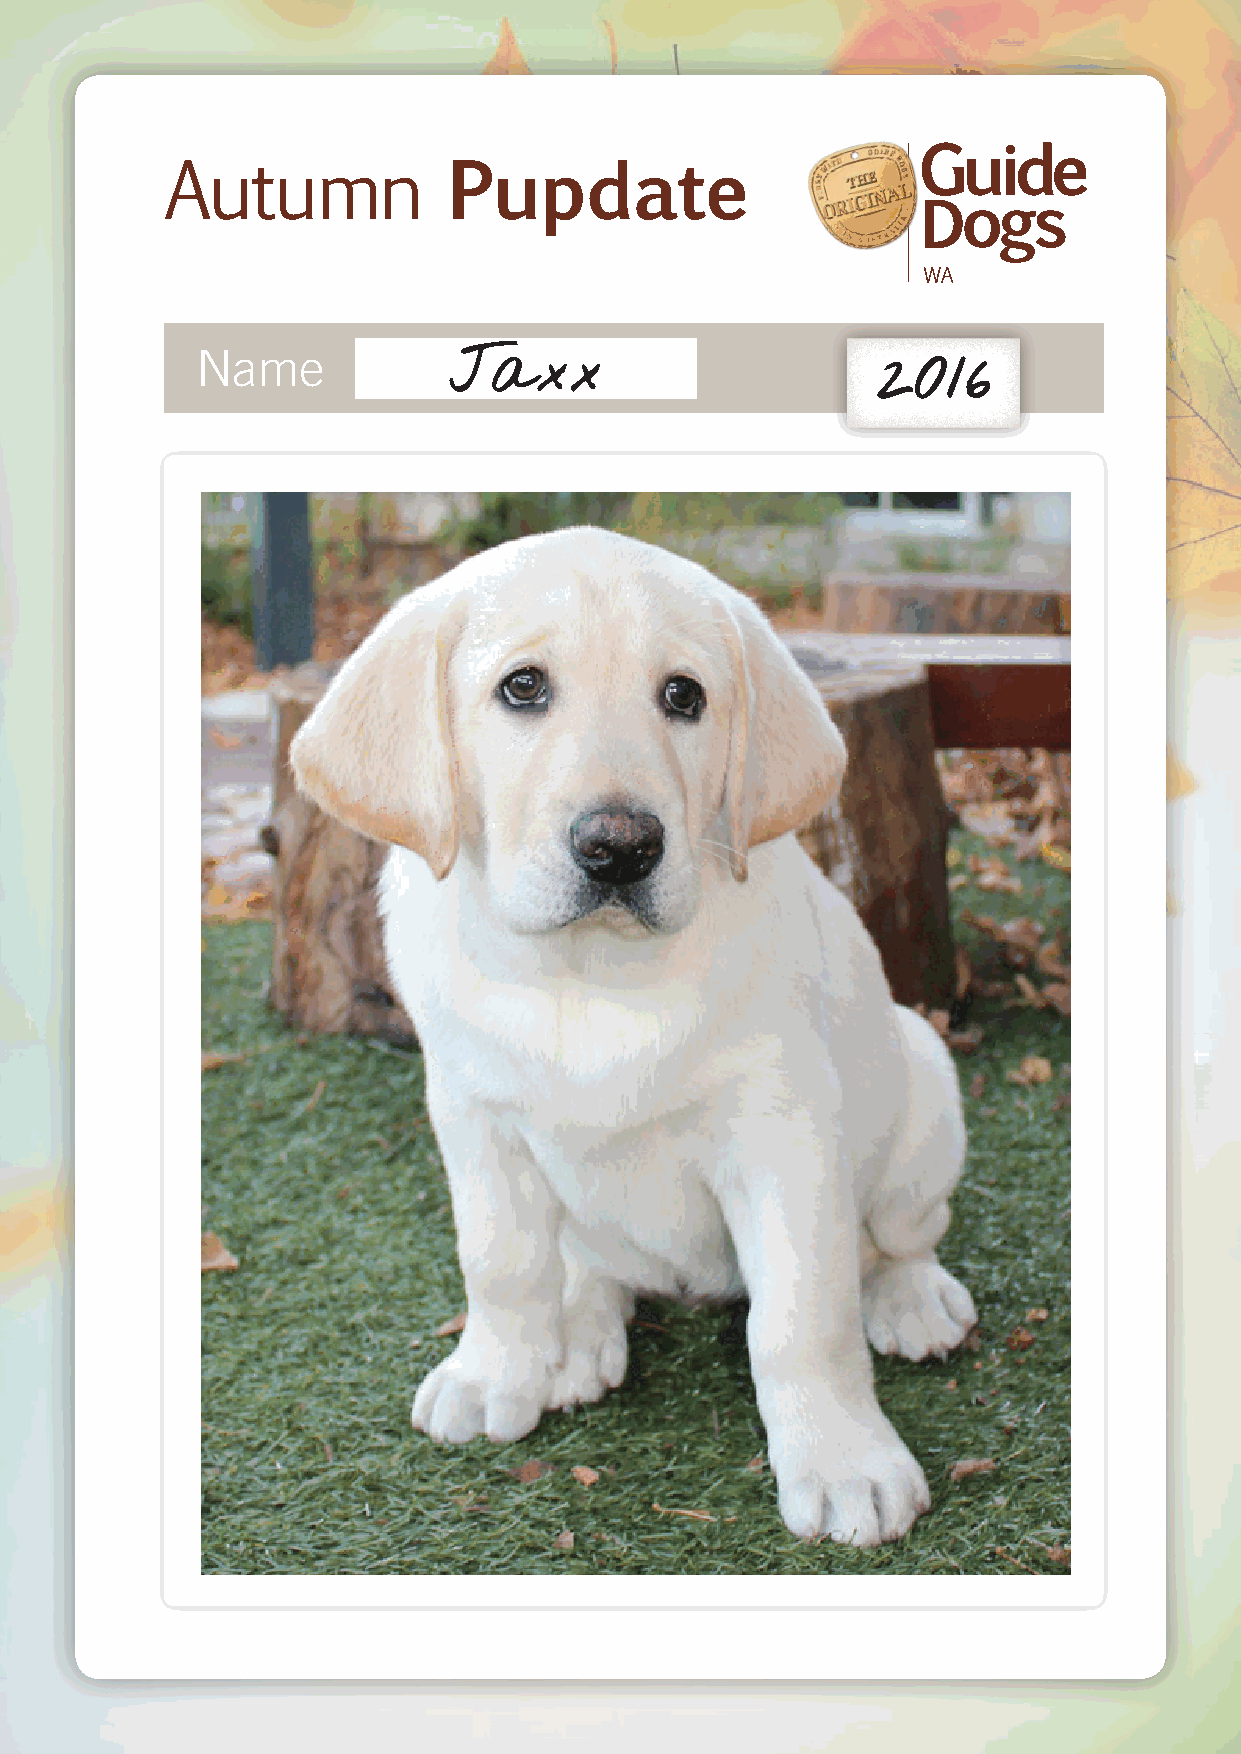
Autumn             Pupdate
 Name
 Jaxx                        2016